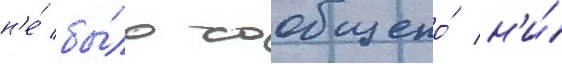
н'е́ бы́ло сообщено́ н'и́